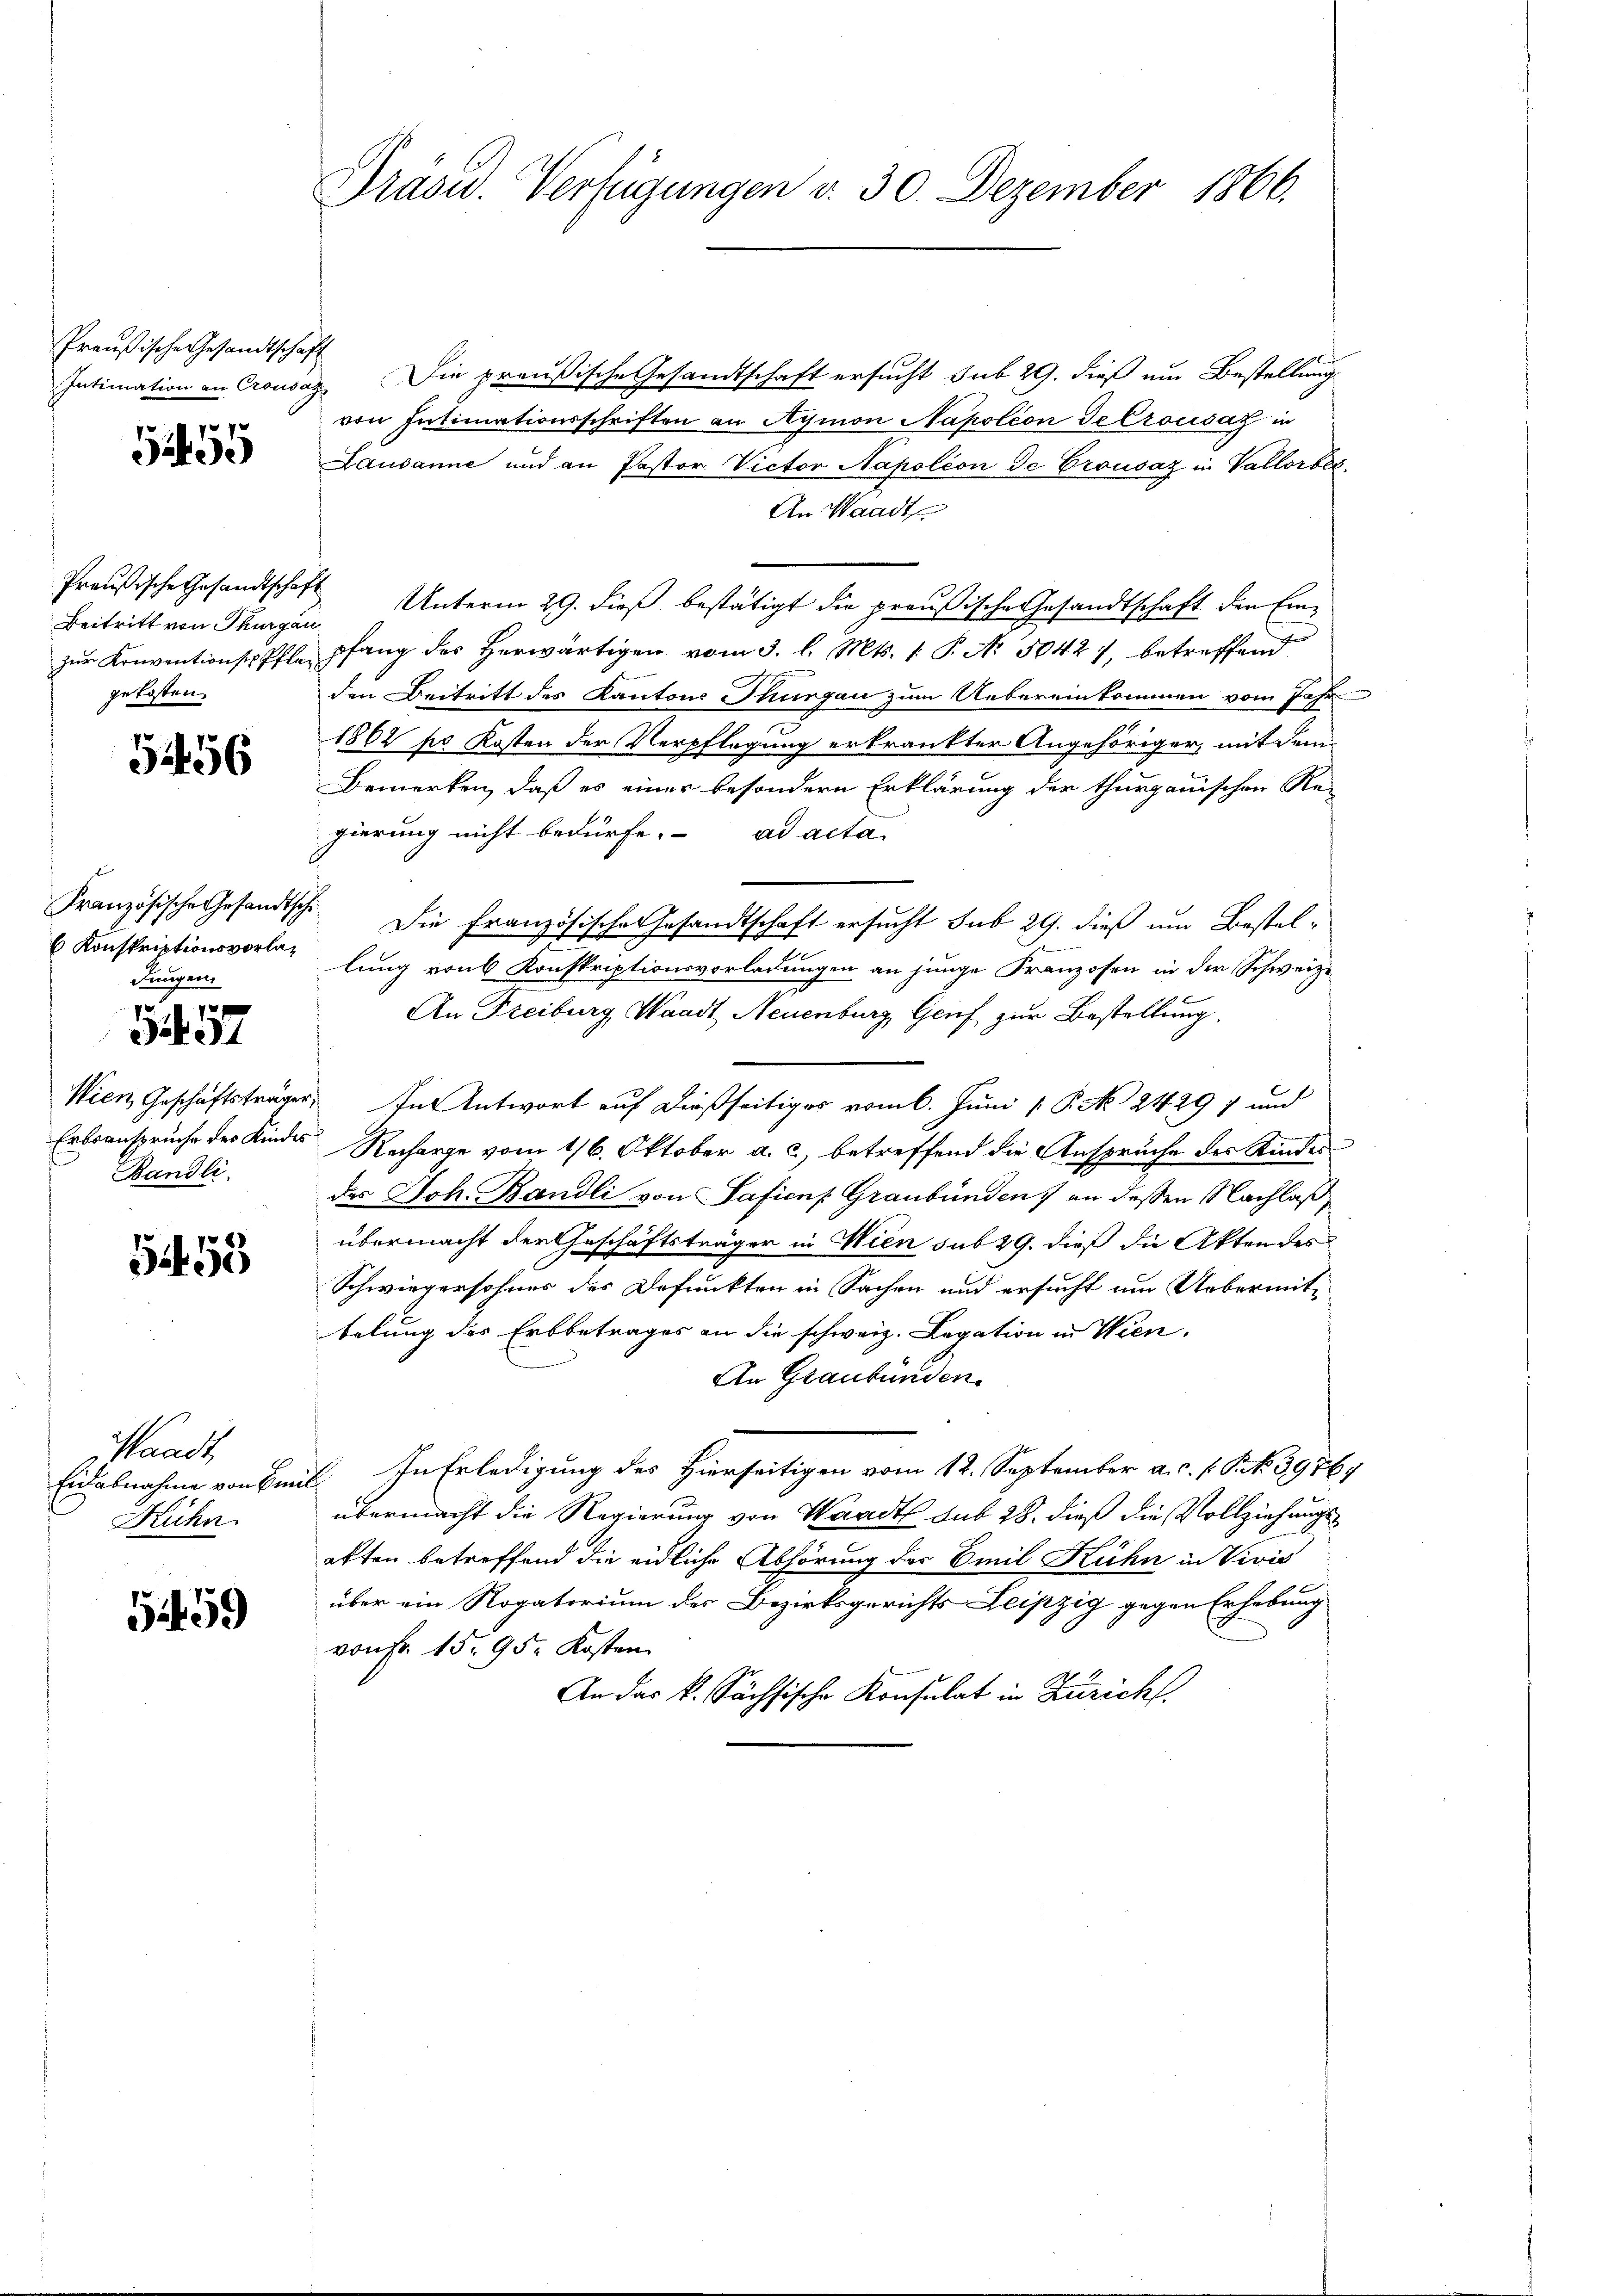
Preußische Gesandtschaft

52455

Preußische Gesandtschaft
Beitritt von Thurgau
gekosten.

5456

Konskriptionsvorla¬
Jungen.

10 x
 34

Bändli

555

Waadt,
Eidabnahme von Ein¬
Rühn.

5459

Präsid. Verfügungen v. 30. Dezember 1866.

Intimation an Crousaz Die preußische Gesandtschaft ersucht sub 29. dieß um Bestellung
von Intimationsschriften an Aymon Napoleon de Crousaz in
Lausanne und an Pastor. Victor Napoléon de Crousaz in Vallorbes
An Waadt
Unterm 29. dieß bestätigt die preußische Gesandtschaft den Ein-
zŭr Konventionspfle pfang des herwärtigen vom 3. l. Mts. 1. P. Nr. 3042), betreffend
den Beitritt des Kantons Thurgau zum Uebereinkommen vom Jahr
1862 pr Kosten der Verpflegung erkrankter Angehöriger, mit dem
Bemerken, daß es einer besondern Erklärung der thurgauischen Re-
gierung nicht bedürfe. ad acta
Französische Gesandtsch. Die Französische Gesandtschaft ersucht sub 29. dieß um Bestele
lung von 6 Konskriptionsvorladungen an junge Franzosen in der Schweize
An Freiburg, Waadt, Neuenburg, Genf zur Bestellung,
Wien, Geschäftsträger. In Antwort auf dießseitiges vom 6. Juni [ P. No 24297 und
Erbsansprüche des Kindes Recharge vom 16. Oktober a. c., betreffend die Ansprüche des Kindes
das Joh. Bandli von Safien Graubünden 7 an dessen Nachlaß
übermacht der Geschäftsträger in Wien sub 29. dieß die Akten des
Schwiegersohnes des Defunkten in Sachen und ersucht um Uebermitbelung des Erbbetrages an die schweiz. Legation in Wien,
An Graubünden
. In Erledigung des Hierseitigen vom 12. September a. c. l. P. N. 3976
übermacht die Regierung von Waadt sub 28. dieß die Vollziehungsaften betreffend die eidliche Abhörung der Emil Kuhn in Vivis
über ein Rogatorium des Bezirksgerichts Leipzig gegen Erhebung
von Fr. 15. 95. Kosten
An das k. Sächsische Konsulat in Zürich